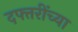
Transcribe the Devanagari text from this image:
दफ्तरींच्या